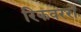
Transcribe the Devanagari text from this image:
रिकवररों